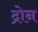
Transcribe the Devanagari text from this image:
द्रोन